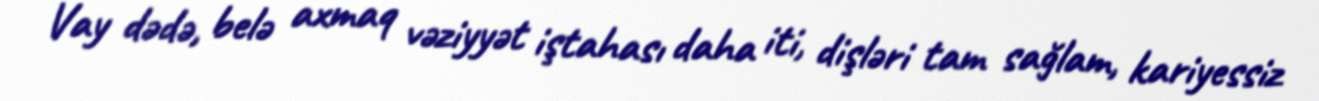
Vay dədə, belə axmaq vəziyyət iştahası daha iti, dişləri tam sağlam, kariyessiz